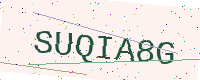
Text: SUQIA8G